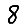
Digit: 8